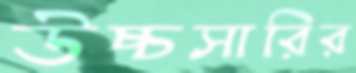
উচ্চসারির